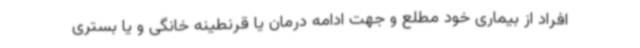
افراد از بیماری خود مطلع و جهت ادامه درمان یا قرنطینه خانگی و یا بستری